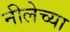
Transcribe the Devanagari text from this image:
नीलेच्या